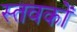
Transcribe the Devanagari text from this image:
स्तवकों